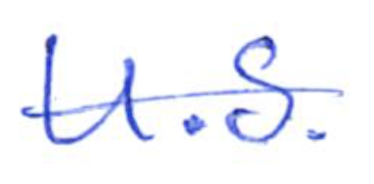
Text: U.S.
Cross-out: single-line
Writing tool: ballpoint